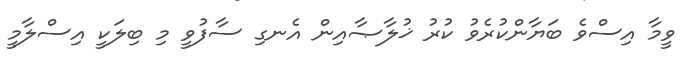
ވީމާ އިސްވެ ބަޔާންކުރެވު ކުރު ޚުލާޞާއިން އެނގި ސާފުވީ މި ބިލަކީ އިސްލާމީ